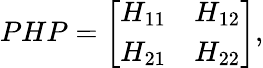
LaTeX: PHP=\left[\begin{array}{rr}{{H_{11}}}&{{H_{12}}}\\ {{H_{21}}}&{{H_{22}}}\end{array}\right],